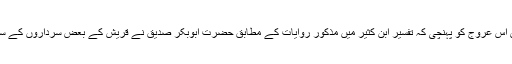
یہ باہمی نفسیاتی کشمکش اس عروج کو پہنچی کہ تفسیر ابن کثیرؒ میں مذکور روایات کے مطابق حضرت ابوبکر صدیقؓ نے قریش کے بعض سرداروں کے ساتھ باقاعدہ شرط باندھ لی۔